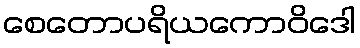
စေတောပရိယကောဝိဒေါ